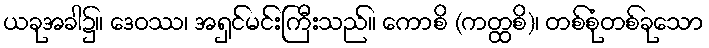
ယခုအခါ၌။ ဒေဝဿ၊ အရှင်မင်းကြီးသည်။ ကောစိ (ကတ္ထစိ)၊ တစ်စုံတစ်ခုသော